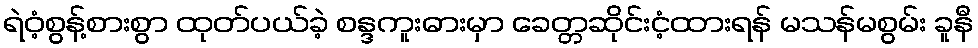
ရဲဝံ့စွန့်စားစွာ ထုတ်ပယ်ခဲ့ စန္ဒကူးဓားမှာ ခေတ္တဆိုင်းငံ့ထားရန် မသန်မစွမ်း ခူနီ